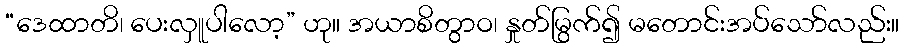
“ဒေထာတိ၊ ပေးလှူပါလော့” ဟု။ အယာစိတွာဝ၊ နှုတ်မြွက်၍ မတောင်းအပ်သော်လည်း။